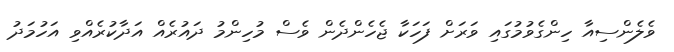
ވެލެންސިއާ ހިންގެވުމުގައި ވަރަށް ފަހަކާ ޖެހެންދެން ވެސް މުހިންމު ދައުރެއް އަދާކުރެއްވި އަހުމަދު